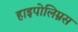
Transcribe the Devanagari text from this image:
हाइपोलिम्नस